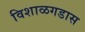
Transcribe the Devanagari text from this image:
विशाळगडास